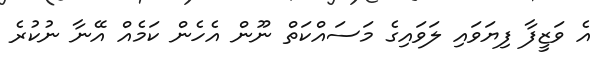
އެ ވަޒީފާ ފިޔަވައި ލަވައިގެ މަސައްކަތް ނޫން އެހެން ކަމެއް އޭނާ ނުކުރެ